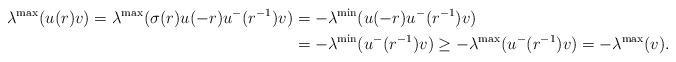
LaTeX: \begin{align*}\lambda^{\max}(u(r)v)=\lambda^{\max}(\sigma(r)u(-r)u^{-}(r^{-1})v)&=-\lambda^{\min}(u(-r)u^{-}(r^{-1})v)\\&=-\lambda^{\min}(u^{-}(r^{-1})v)\geq -\lambda^{\max}(u^{-}(r^{-1})v)= -\lambda^{\max}(v).\end{align*}